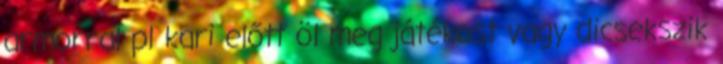
armorral pl kari előtt öl meg játékost vagy dicsekszik